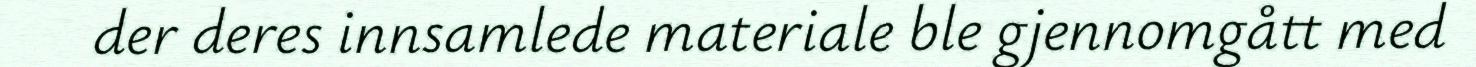
der deres innsamlede materiale ble gjennomgått med